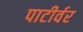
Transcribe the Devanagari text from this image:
पाटीर्वर